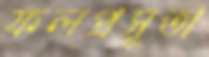
ফলপ্রসূতা